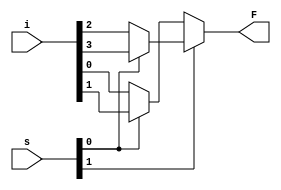
module mux_4x1(input[3:0] i, input[1:0] s, output F);
    assign F = s[1] ? (s[0] ? i[3] : i[2]) : (s[0] ? i[1] : i[0]);
endmodule